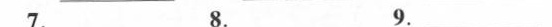
7. ____ 8. ____ 9. ___